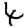
Digit: 4